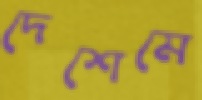
দেশেমে